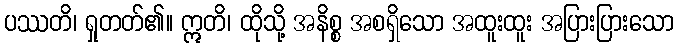
ပဿတိ၊ ရှုတတ်၏။ ဣတိ၊ ထိုသို့ အနိစ္စ အစရှိသော အထူးထူး အပြားပြားသော